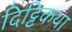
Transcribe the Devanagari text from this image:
दिट्टिकथा